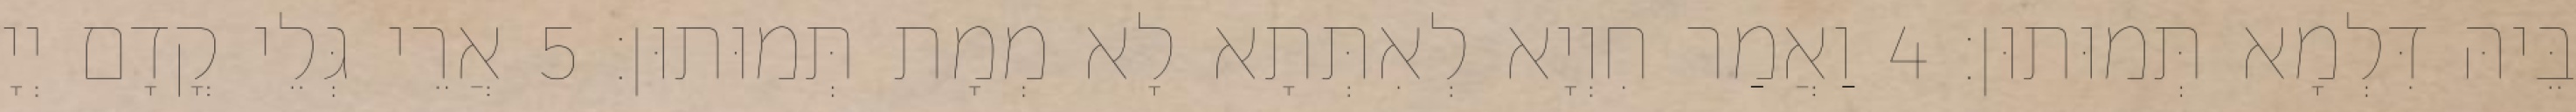
בֵּיהּ דִּלְמָא תְּמוּתוּן׃ 4 וַאֲמַר חִוְיָא לְאִתְּתָא לָא מְמָת תְּמוּתוּן׃ 5 אֲרֵי גְּלֵי קֳדָם יְיָ